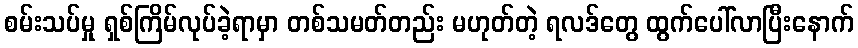
စမ်းသပ်မှု ရှစ်ကြိမ်လုပ်ခဲ့ရာမှာ တစ်သမတ်တည်း မဟုတ်တဲ့ ရလဒ်တွေ ထွက်ပေါ်လာပြီးနောက်